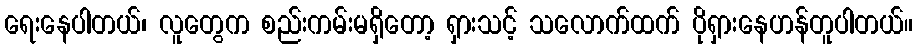
ရေးနေပါတယ်၊ လူတွေက စည်းကမ်းမရှိတော့ ရှားသင့် သလောက်ထက် ပိုရှားနေဟန်တူပါတယ်။